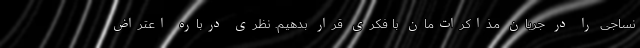
نساجی را در جریان مذاکرات‌مان با فکری قرار بدهیم. نظری درباره اعتراض